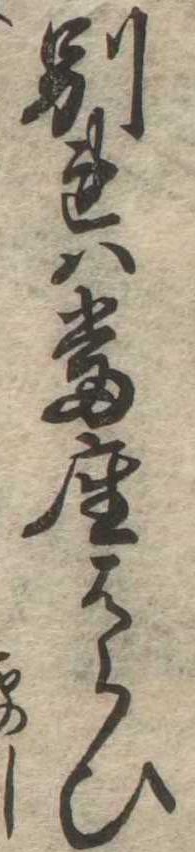
別れは当座はらひ